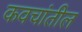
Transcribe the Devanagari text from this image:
कवचांतील